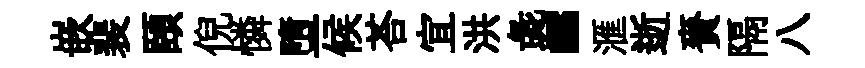
嵌裴頤倪憐墮候荅宜洪彘“滙逝賚隔八